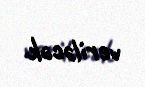
veriləcək.